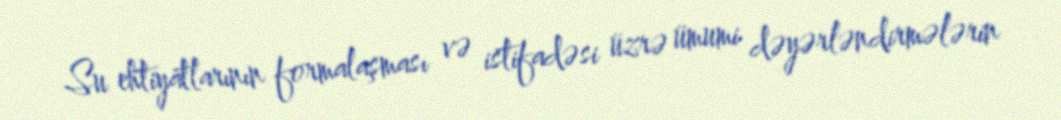
Su ehtiyatlarının formalaşması və istifadəsi üzrə ümumi dəyərləndirmələrin